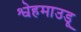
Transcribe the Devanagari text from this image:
श्वेहमाउडू